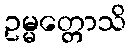
ဥမ္မတ္တောသိ